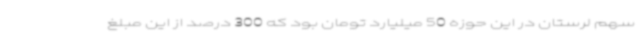
سهم لرستان در این حوزه 50 میلیارد تومان بود که 300 درصد از این مبلغ